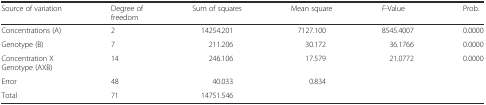
<table><thead><tr><td><b>Source of variation</b></td><td><b>Degree of freedom</b></td><td><b>Sum of squares</b></td><td><b>Mean square</b></td><td><b><i>F</i>-Value</b></td><td><b>Prob.</b></td></tr></thead><tbody><tr><td>Concentrations (A)</td><td>2</td><td>14254.201</td><td>7127.100</td><td>8545.4007</td><td>0.0000</td></tr><tr><td>Genotype (B)</td><td>7</td><td>211.206</td><td>30.172</td><td>36.1766</td><td>0.0000</td></tr><tr><td>Concentration X Genotype (AXB)</td><td>14</td><td>246.106</td><td>17.579</td><td>21.0772</td><td>0.0000</td></tr><tr><td>Error</td><td>48</td><td>40.033</td><td>0.834</td><td></td><td></td></tr><tr><td>Total</td><td>71</td><td>14751.546</td><td></td><td></td><td></td></tr></tbody></table>